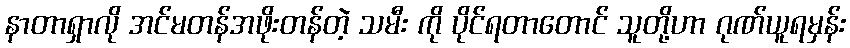
နာတာရှာလို အင်မတန်အဖိုးတန်တဲ့ သမီး ကို ပိုင်ရတာတောင် သူတို့ဟာ ဂုဏ်ယူရမှန်း